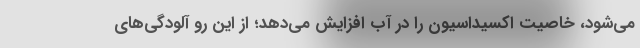
می‌شود، خاصیت اکسیداسیون را در آب افزایش می‌دهد؛ از این رو آلودگی‌های